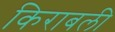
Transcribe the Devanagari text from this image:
किराबली